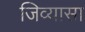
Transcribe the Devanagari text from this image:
जिव्यासा